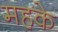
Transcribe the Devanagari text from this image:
महके